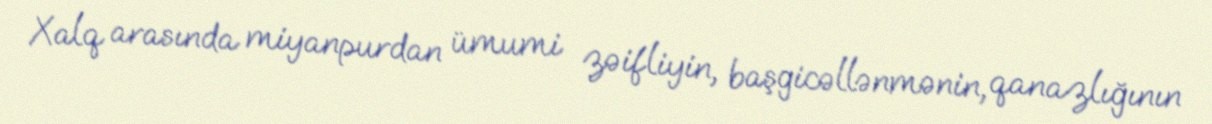
Xalq arasında miyanpurdan ümumi zəifliyin, başgicəllənmənin, qanazlığının